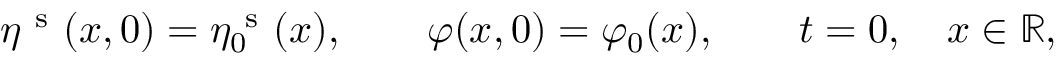
\eta ^ { \mathrm { ~ s ~ } } ( x , 0 ) = \eta _ { 0 } ^ { \mathrm { ~ s ~ } } ( x ) , \qquad \varphi ( x , 0 ) = \varphi _ { 0 } ( x ) , \qquad t = 0 , \quad x \in \mathbb { R } ,